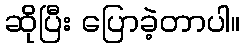
ဆိုပြီး ပြောခဲ့တာပါ။